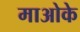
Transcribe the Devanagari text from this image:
माओके